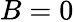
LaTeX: B=0